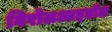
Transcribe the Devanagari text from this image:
निरोलआइडॉल